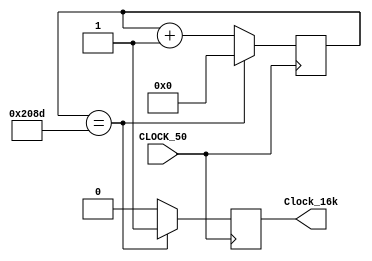
module frequencyDivider (
	input CLOCK_50,

	output reg Clock_16k
);

reg [23:0] cnt;

always@(posedge CLOCK_50)begin
	if (cnt == 24'd8333) begin
		Clock_16k <= 1'b1;
		cnt <= 24'b0;
	end
	else begin
		cnt <= cnt + 24'b1;
		Clock_16k <= 1'b0;
	end
end

endmodule